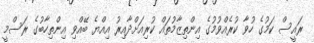
ރައީސް ކަމުގެ ހުވާ ކުރެއްވުމުގެ އިންތިޒާމުތައް ކުރިއަށްދާއިރު އިއްޔެ ބޭއްވި އިންތިހާބުގެ ރަސްމީ